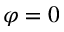
\varphi = 0